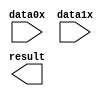
// megafunction wizard: %LPM_AND%VBB%
// GENERATION: STANDARD
// VERSION: WM1.0
// MODULE: lpm_and 

// ============================================================
// Megafunction Name(s):
// 			lpm_and
//
// Simulation Library Files(s):
// 			lpm
// ============================================================
// ************************************************************
// THIS IS A WIZARD-GENERATED FILE. DO NOT EDIT THIS FILE!
//
// 9.0 Build 132 02/25/2009 SJ Web Edition
// ************************************************************

//Copyright (C) 1991-2009 Altera Corporation
//Your use of Altera Corporation's design tools, logic functions 
//and other software and tools, and its AMPP partner logic 
//functions, and any output files from any of the foregoing 
//(including device programming or simulation files), and any 
//associated documentation or information are expressly subject 
//to the terms and conditions of the Altera Program License 
//Subscription Agreement, Altera MegaCore Function License 
//Agreement, or other applicable license agreement, including, 
//without limitation, that your use is for the sole purpose of 
//programming logic devices manufactured by Altera and sold by 
//Altera or its authorized distributors.  Please refer to the 
//applicable agreement for further details.

module and32 (
	data0x,
	data1x,
	result);

	input	[31:0]  data0x;
	input	[31:0]  data1x;
	output	[31:0]  result;

endmodule

// ============================================================
// CNX file retrieval info
// ============================================================
// Retrieval info: PRIVATE: CompactSymbol NUMERIC "0"
// Retrieval info: PRIVATE: GateFunction NUMERIC "0"
// Retrieval info: PRIVATE: INTENDED_DEVICE_FAMILY STRING "Stratix II"
// Retrieval info: PRIVATE: InputAsBus NUMERIC "0"
// Retrieval info: PRIVATE: SYNTH_WRAPPER_GEN_POSTFIX STRING "0"
// Retrieval info: PRIVATE: WidthInput NUMERIC "32"
// Retrieval info: PRIVATE: nInput NUMERIC "2"
// Retrieval info: CONSTANT: LPM_SIZE NUMERIC "2"
// Retrieval info: CONSTANT: LPM_TYPE STRING "LPM_AND"
// Retrieval info: CONSTANT: LPM_WIDTH NUMERIC "32"
// Retrieval info: USED_PORT: data0x 0 0 32 0 INPUT NODEFVAL data0x[31..0]
// Retrieval info: USED_PORT: data1x 0 0 32 0 INPUT NODEFVAL data1x[31..0]
// Retrieval info: USED_PORT: result 0 0 32 0 OUTPUT NODEFVAL result[31..0]
// Retrieval info: CONNECT: @data 0 0 32 0 data0x 0 0 32 0
// Retrieval info: CONNECT: @data 0 0 32 32 data1x 0 0 32 0
// Retrieval info: CONNECT: result 0 0 32 0 @result 0 0 32 0
// Retrieval info: LIBRARY: lpm lpm.lpm_components.all
// Retrieval info: GEN_FILE: TYPE_NORMAL and32.v TRUE
// Retrieval info: GEN_FILE: TYPE_NORMAL and32.inc TRUE
// Retrieval info: GEN_FILE: TYPE_NORMAL and32.cmp FALSE
// Retrieval info: GEN_FILE: TYPE_NORMAL and32.bsf TRUE FALSE
// Retrieval info: GEN_FILE: TYPE_NORMAL and32_inst.v FALSE
// Retrieval info: GEN_FILE: TYPE_NORMAL and32_bb.v TRUE
// Retrieval info: LIB_FILE: lpm